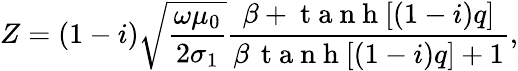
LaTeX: Z=(1-i)\sqrt{\frac{\omega\mu_{0}}{2\sigma_{1}}}\frac{\beta+\mathrm{~t~a~n~h~}[(1-i)q]}{\beta\, \mathrm{~t~a~n~h~}[(1-i)q]+1},